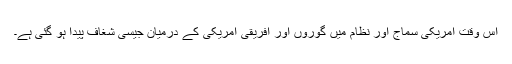
اس وقت امریکی سماج اور نظام میں گوروں اور افریقی امریکی کے درمیان جیسی شغاف پیدا ہو گئی ہے۔